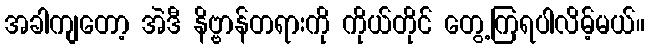
အခါကျတော့ အဲဒီ နိဗ္ဗာန်တရားကို ကိုယ်တိုင် တွေ့ကြရပါလိမ့်မယ်။